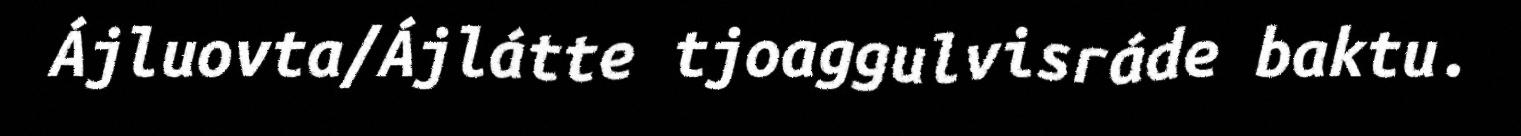
Ájluovta/Ájlátte tjoaggulvisráde baktu.